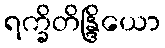
ရက္ခိတိန္ဒြိယော